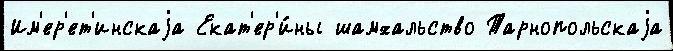
Им'ер'ет'инскаjа Екат'ер'и́ны шамхальство Тарнопольскаjа